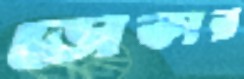
ডোকার